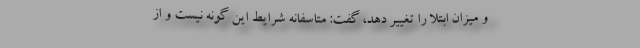
و میزان ابتلا را تغییر دهد، گفت: متاسفانه شرایط این گونه نیست و از